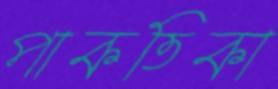
পাকতিকা